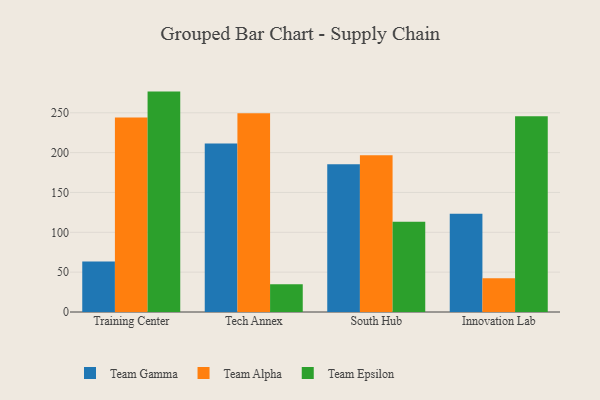
{"axis": {"x": "Campus", "y": "Satisfaction Score"}, "legend": ["Team Alpha", "Team Epsilon", "Team Gamma"], "data": [{"x": "Training Center", "y": 63.3, "type": "Team Gamma"}, {"x": "Training Center", "y": 244.1, "type": "Team Alpha"}, {"x": "Training Center", "y": 276.6, "type": "Team Epsilon"}, {"x": "Tech Annex", "y": 211.4, "type": "Team Gamma"}, {"x": "Tech Annex", "y": 249.5, "type": "Team Alpha"}, {"x": "Tech Annex", "y": 34.8, "type": "Team Epsilon"}, {"x": "South Hub", "y": 185.4, "type": "Team Gamma"}, {"x": "South Hub", "y": 196.6, "type": "Team Alpha"}, {"x": "South Hub", "y": 113.2, "type": "Team Epsilon"}, {"x": "Innovation Lab", "y": 123.4, "type": "Team Gamma"}, {"x": "Innovation Lab", "y": 42.5, "type": "Team Alpha"}, {"x": "Innovation Lab", "y": 245.6, "type": "Team Epsilon"}]}